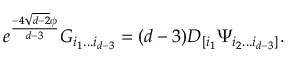
e ^ { \frac { - 4 \sqrt { d - 2 } \phi } { d - 3 } } G _ { i _ { 1 } . . . i _ { d - 3 } } = ( d - 3 ) D _ { [ i _ { 1 } } \Psi _ { i _ { 2 } . . . i _ { d - 3 } ] } .